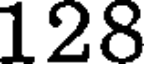
128